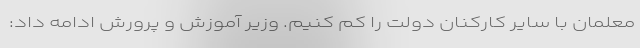
معلمان با سایر کارکنان دولت را کم کنیم. وزیر آموزش و پرورش ادامه داد: